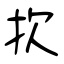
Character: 扻